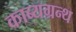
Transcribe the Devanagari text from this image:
काब्यग्रन्थ